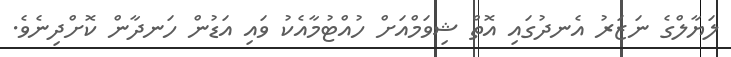
ލަޔާލްގެ ނަޒަރު އެނދުގައި އޮތް ޝިވަމްއަށް ހުއްޓުމާއެކު ވައި އަޑުން ހަނދާން ކޮށްދިނެވެ.